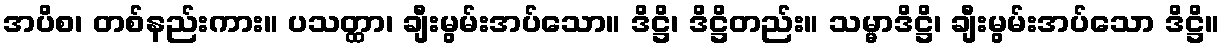
အပိစ၊ တစ်နည်းကား။ ပသတ္ထာ၊ ချီးမွမ်းအပ်သော။ ဒိဋ္ဌိ၊ ဒိဋ္ဌိတည်း။ သမ္မာဒိဋ္ဌိ၊ ချီးမွမ်းအပ်သော ဒိဋ္ဌိ။